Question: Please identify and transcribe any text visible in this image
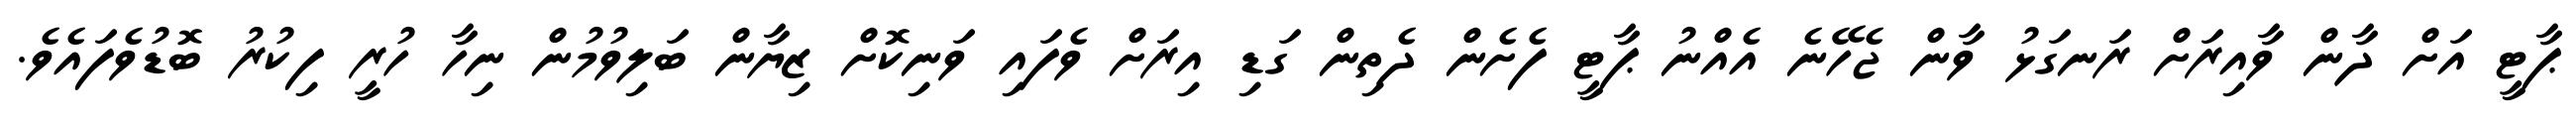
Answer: ޕާޓީ އަށް ދާން ވާއިރަށް ރަނގަޅު ވާން ޖެހޭނެ އެއްނު ޕާޓީ ފެށެން ދެތިން ގަޑި އިރަށް ވެފައި ވަނިކޮށް ޒިޔާން ބަލިވުމުން ނިހާ ހުރީ ފިކުރު ބޮޑުވެފައެވެ.